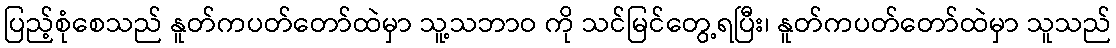
ပြည့်စုံစေသည် နူတ်ကပတ်တော်ထဲမှာ သူ့သဘာဝ ကို သင်မြင်တွေ့ရပြီး၊ နူတ်ကပတ်တော်ထဲမှာ သူသည်